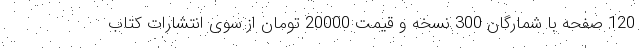
120 صفحه با شمارگان 300 نسخه و قیمت 20000 تومان از سوی انتشارات کتاب